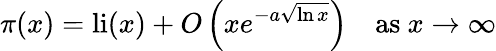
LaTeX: \pi(x)=\operatorname{li}(x)+O\left(xe^{-a{\sqrt{\ln x}}}\right)\quad{\mathrm{as~}}x\to\infty